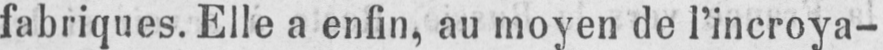
fabriques. Elle a enfin, au moyen de l’incroya-